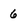
Character: 6